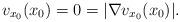
LaTeX: \begin{align*}v_{x_0}(x_0) = 0 = |\nabla v_{x_0}(x_0)|.\end{align*}